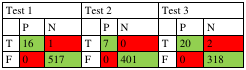
<table><thead><tr><td colspan="3"><b>Test 1</b></td><td colspan="3"><b>Test 2</b></td><td colspan="3"><b>Test 3</b></td></tr></thead><tbody><tr><td></td><td>P</td><td>N</td><td></td><td>P</td><td>N</td><td></td><td>P</td><td>N</td></tr><tr><td>T</td><td>16</td><td>1</td><td>T</td><td>7</td><td>0</td><td>T</td><td>20</td><td>2</td></tr><tr><td>F</td><td>0</td><td>517</td><td>F</td><td>0</td><td>401</td><td>F</td><td>0</td><td>318</td></tr></tbody></table>